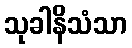
သုခါနိသံသာ